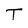
Character: T